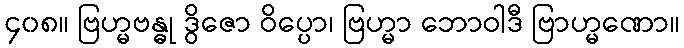
၄၀၈။ ဗြဟ္မဗန္ဓု ဒွိဇော ဝိပ္ပော၊ ဗြဟ္မာ ဘောဝါဒီ ဗြာဟ္မဏော။